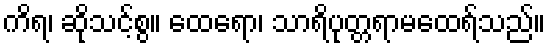
ကိရ၊ ဆိုသင့်စွ။ ထေရော၊ သာရိပုတ္တရာမထေရ်သည်။